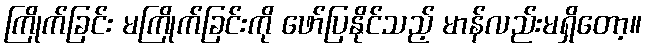
ကြိုက်ခြင်း မကြိုက်ခြင်းကို ဖော်ပြနိုင်သည့် မာန်လည်းမရှိတော့။